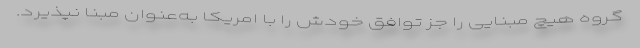
گروه هیچ‌ مبنایی را جز توافق خودش را با امریکا به‌عنوان مبنا نپذیرد.